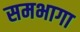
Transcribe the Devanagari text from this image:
समभागा